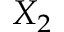
X _ { 2 }